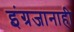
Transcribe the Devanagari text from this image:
इंग्रजानाही